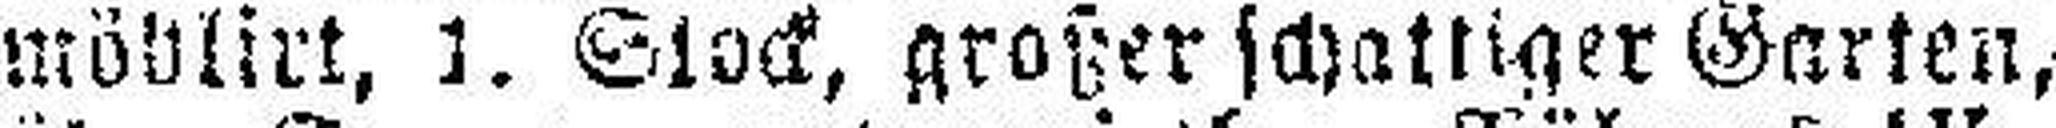
möblirt, 1. Stock, großer schattiger Garten,